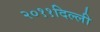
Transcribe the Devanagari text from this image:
२०११दिल्ली